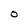
Character: O